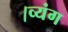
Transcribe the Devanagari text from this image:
।व्यंग